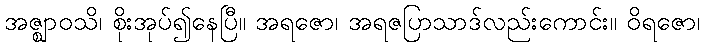
အဇ္ဈာဝသိ၊ စိုးအုပ်၍နေပြီ။ အရဇော၊ အရဇပြာသာဒ်လည်းကောင်း။ ဝိရဇော၊